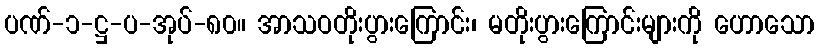
ပဏ်-၁-ဋ္ဌ-ပ-အုပ်-၈၀။ အာသဝတိုးပွားကြောင်း၊ မတိုးပွားကြောင်းများကို ဟောသော